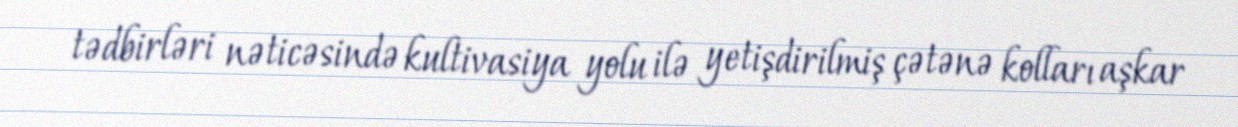
tədbirləri nəticəsində kultivasiya yolu ilə yetişdirilmiş çətənə kolları aşkar